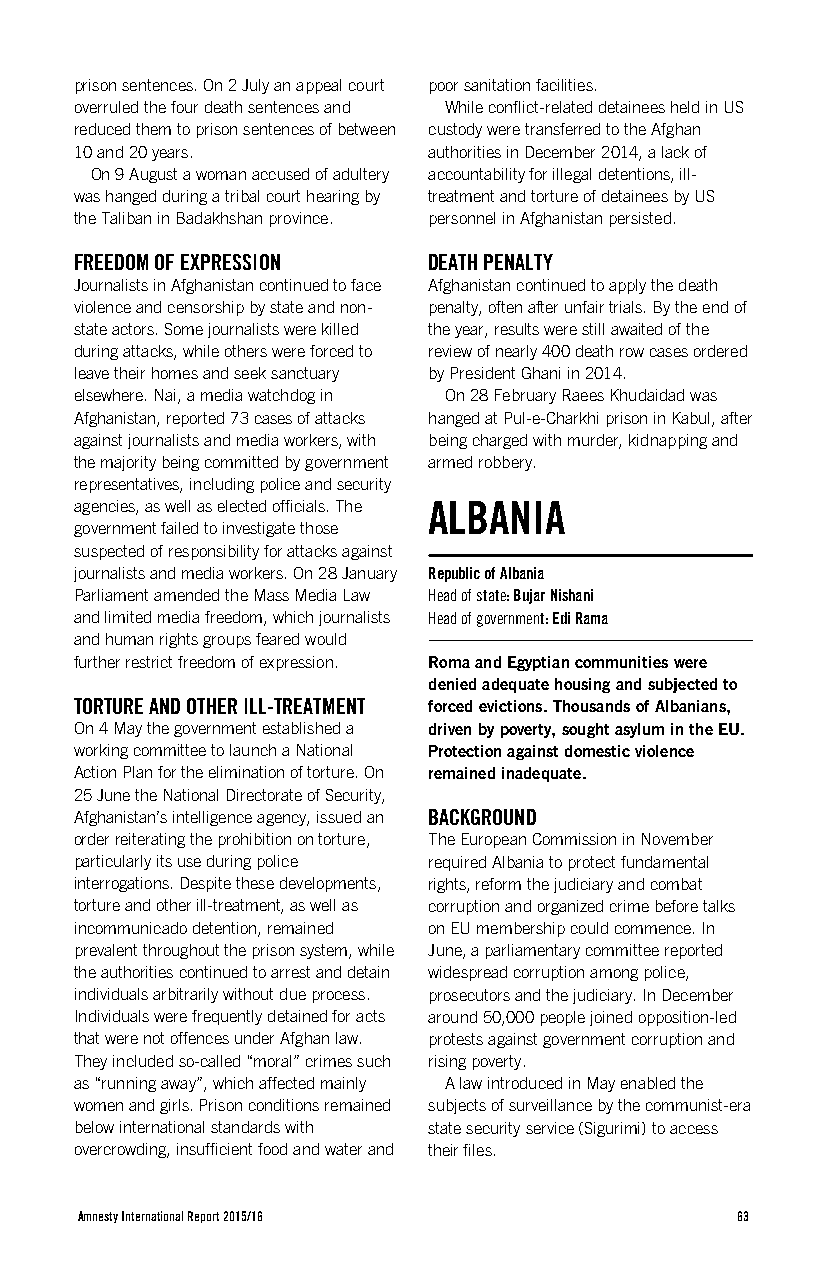
prison sentences. On 2 July an appeal court poor sanitation facilities.
 overruled the four death sentences and While conflict-related detainees held in US
 reduced them to prison sentences of between custody were transferred to the Afghan
 10 and 20 years.       authorities in December 2014, a lack of
 On 9 August a woman accused of adultery accountability for illegal detentions, ill-
 was hanged during a tribal court hearing by treatment and torture of detainees by US
 the Taliban in Badakhshan province. personnel in Afghanistan persisted.
 FREEDOM OF EXPRESSION  DEATH PENALTY
 Journalists in Afghanistan continued to face Afghanistan continued to apply the death
 violence and censorship by state and non- penalty, often after unfair trials. By the end of
 state actors. Some journalists were killed the year, results were still awaited of the
 during attacks, while others were forced to review of nearly 400 death row cases ordered
 leave their homes and seek sanctuary by President Ghani in 2014.
 elsewhere. Nai, a media watchdog in On 28 February Raees Khudaidad was
 Afghanistan, reported 73 cases of attacks hanged at Pul-e-Charkhi prison in Kabul, after
 against journalists and media workers, with being charged with murder, kidnapping and
 the majority being committed by government armed robbery.
 representatives, including police and security
 agencies, as well as elected officials. The ALBANIA
 government failed to investigate those
 suspected of responsibility for attacks against
 journalists and media workers. On 28 January Republic of Albania
 Parliament amended the Mass Media Law Head of state: Bujar Nishani
 and limited media freedom, which journalists Head of government: Edi Rama
 and human rights groups feared would
 further restrict freedom of expression. Roma and Egyptian communities were
 denied adequate housing and subjected to
 TORTURE AND OTHER ILL-TREATMENT forced evictions. Thousands of Albanians,
 On 4 May the government established a driven by poverty, sought asylum in the EU.
 working committee to launch a National Protection against domestic violence
 Action Plan for the elimination of torture. On remained inadequate.
 25 June the National Directorate of Security,
 Afghanistan’s intelligence agency, issued an BACKGROUND
 order reiterating the prohibition on torture, The European Commission in November
 particularly its use during police required Albania to protect fundamental
 interrogations. Despite these developments, rights, reform the judiciary and combat
 torture and other ill-treatment, as well as corruption and organized crime before talks
 incommunicado detention, remained on EU membership could commence. In
 prevalent throughout the prison system, while June, a parliamentary committee reported
 the authorities continued to arrest and detain widespread corruption among police,
 individuals arbitrarily without due process. prosecutors and the judiciary. In December
 Individuals were frequently detained for acts around 50,000 people joined opposition-led
 that were not offences under Afghan law. protests against government corruption and
 They included so-called “moral” crimes such rising poverty.
 as “running away”, which affected mainly A law introduced in May enabled the
 women and girls. Prison conditions remained subjects of surveillance by the communist-era
 below international standards with state security service (Sigurimi) to access
 overcrowding, insufficient food and water and their files.
 Amnesty International Report 2015/16        63